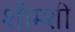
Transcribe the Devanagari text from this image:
शीम्शी